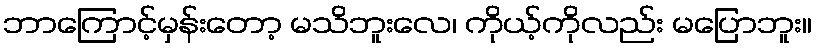
ဘာကြောင့်မှန်းတော့ မသိဘူးလေ၊ ကိုယ့်ကိုလည်း မပြောဘူး။